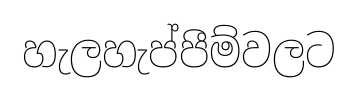
හැලහැප්පීම්වලට